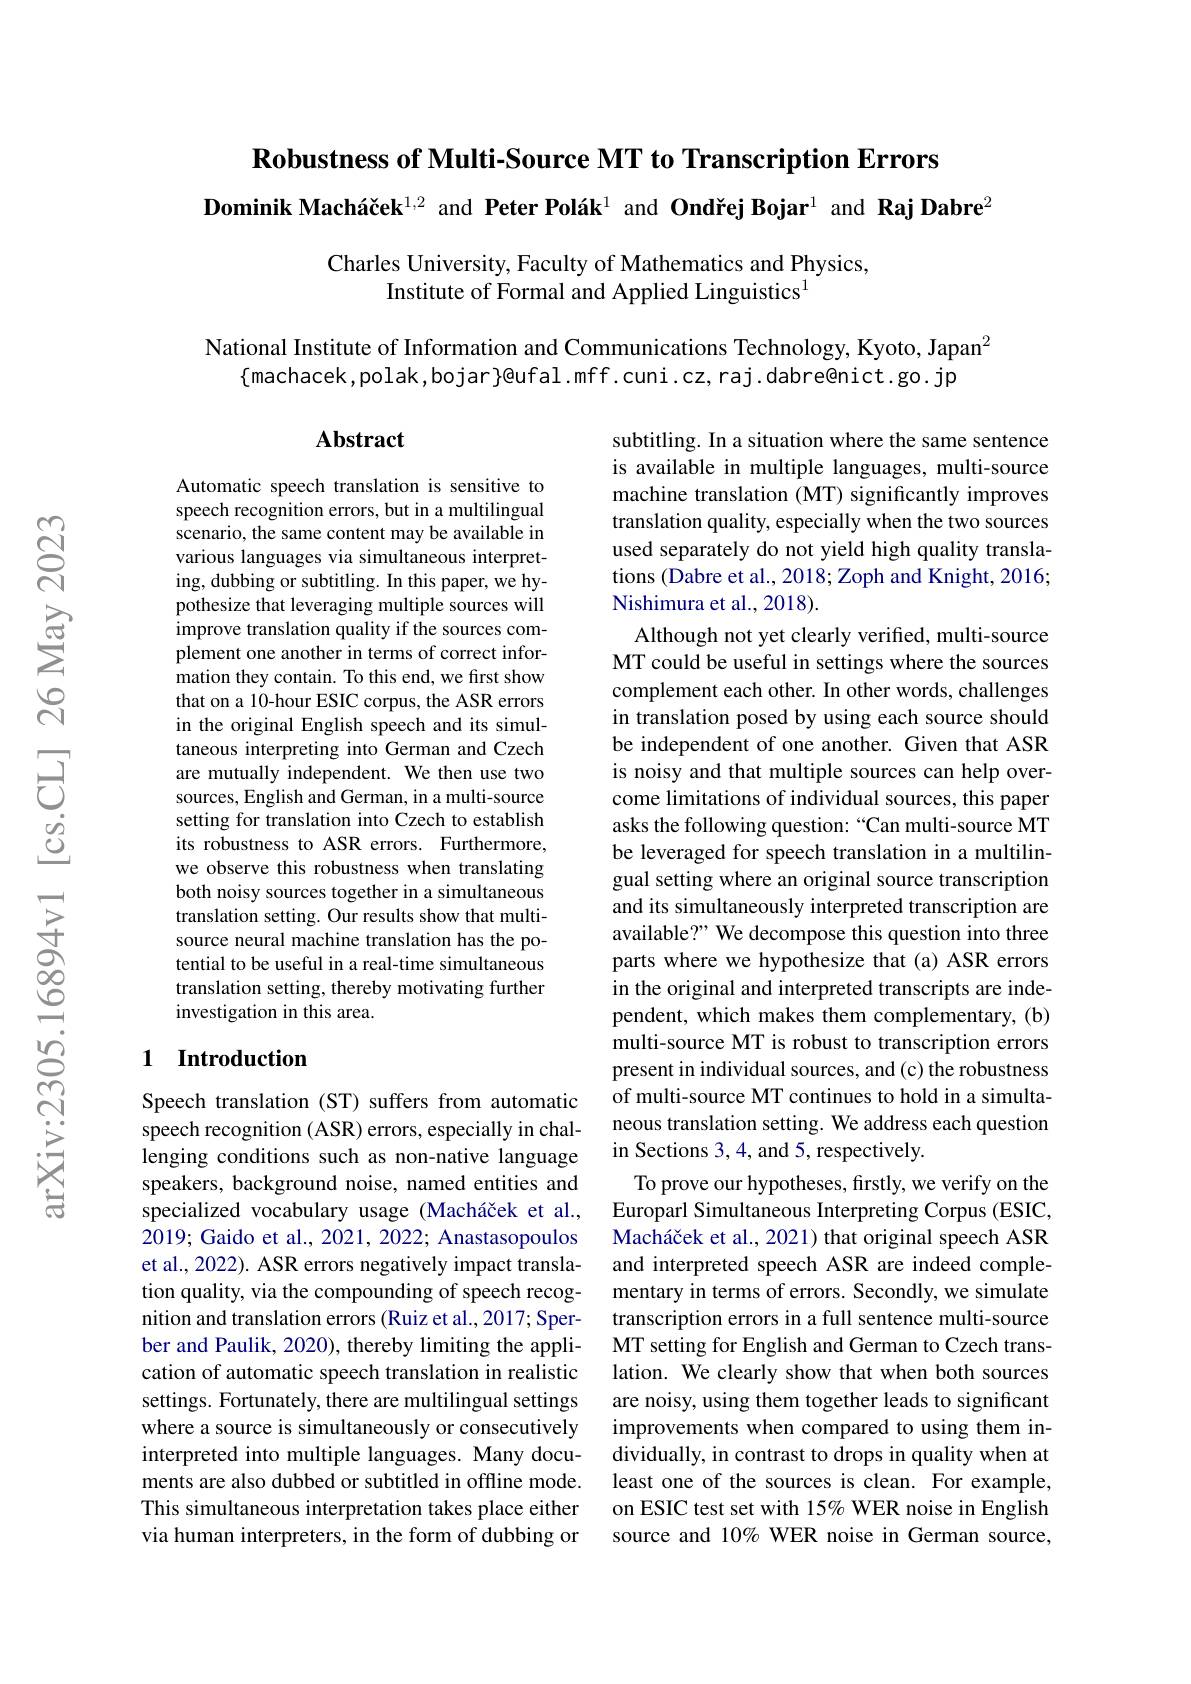
$\textbf{Robustness of Multi- Source MT to Transcription Errors}$
Dominik Macháček$^{1,2}$ and Peter Polák$^{1}$ and Ondřej Bojar$^{1}$ and Raj Dabre$^{2}$

Charles University, Faculty of Mathematics and Physics,
Institute of Formal and Applied Linguistics$^{1}$

National Institute of Information and Communications Technology, Kyoto, Japan$^{2}$
$\{$machacek,polak,bojar}@ufal.mff.cuni.cz,raj.dabre@nict.go.jp

### $\mathbf{Abstract}$

Automatic speech translation is sensitive to speech recognition errors, but in a multilingual scenario, the same content may be available in various languages via simultaneous interpreting, dubbing or subtitling. In this paper, we hypothesize that leveraging multiple sources will improve translation quality if the sources complement one another in terms of correct information they contain. To this end, we first show that on a 10-hour ESIC corpus, the ASR errors in the original English speech and its simultaneous interpreting into German and Czech are mutually independent. We then use two sources, English and German, in a multi-source setting for translation into Czech to establish its robustness to ASR errors. Furthermore, we observe this robustness when translating both noisy sources together in a simultaneous translation setting. Our results show that multisource neural machine translation has the potential to be useful in a real-time simultaneous translation setting, thereby motivating further investigation in this area.

subtitling. In a situation where the same sentence is available in multiple languages, multi-source machine translation (MT) significantly improves translation quality, especially when the two sources used separately do not yield high quality translations (Dabre et al., 2018; Zoph and Knight, 2016; Nishimura et al., 2018).
Although not yet clearly verified, multi-source MT could be useful in settings where the sources complement each other. In other words, challenges in translation posed by using each source should be independent of one another. Given that ASR is noisy and that multiple sources can help overcome limitations of individual sources, this paper asks the following question: “Can multi-source MT be leveraged for speech translation in a multilingual setting where an original source transcription and its simultaneously interpreted transcription are available?" We decompose this question into three parts where we hypothesize that (a) ASR errors in the original and interpreted transcripts are independent, which makes them complementary, (b) multi-source MT is robust to transcription errors present in individual sources, and (c) the robustness of multi-source MT continues to hold in a simultaneous translation setting. We address each question in Sections 3,4, and 5, respectively.
To prove our hypotheses, firstly, we verify on the Europarl Simultaneous Interpreting Corpus (ESIC, Macháček et al., 2021) that original speech ASR and interpreted speech ASR are indeed complementary in terms of errors. Secondly, we simulate transcription errors in a full sentence multi-source MT setting for English and German to Czech translation. We clearly show that when both sources are noisy, using them together leads to significant improvements when compared to using them individually, in contrast to drops in quality when at least one of the sources is clean. For example, on ESIC test set with 15% WER noise in English source and 10% WER noise in German source,

## 1 Introduction

Speech translation (ST) suffers from automatic speech recognition (ASR) errors, especially in challenging conditions such as non-native language speakers, background noise, named entities and specialized vocabulary usage (Macháček et al., $\dot{20}$19; Gaido et al., 2021, 2022; Anastasopoulos et al., 2022). ASR errors negatively impact translation quality, via the compounding of speech recognition and translation errors (Ruiz et al., 2017; Sperber and Paulik, 2020), thereby limiting the application of automatic speech translation in realistic settings. Fortunately, there are multilingual settings where a source is simultaneously or consecutively interpreted into multiple languages. Many documents are also dubbed or subtitled in offline mode. This simultaneous interpretation takes place either via human interpreters, in the form of dubbing or